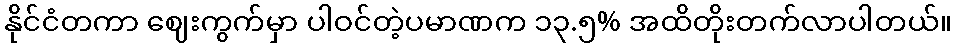
နိုင်ငံတကာ ဈေးကွက်မှာ ပါဝင်တဲ့ပမာဏက ၁၃.၅% အထိတိုးတက်လာပါတယ်။